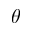
\theta